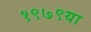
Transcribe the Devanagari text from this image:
१९७९या